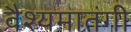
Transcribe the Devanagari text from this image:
वैश्यमातंगी